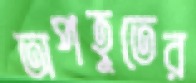
অপহূতের